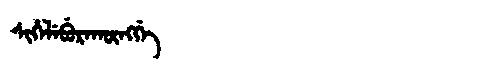
Manchu: ᠰᡳᡥᡝᠯᡝᠪᡠᡵᠠᡴᡡᠩᡤᡝ
Romanization: SIHELEBURAKŪNGGE